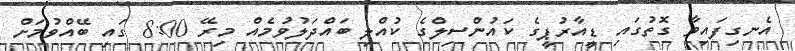
އެނގިފައިވާ ގޮތުގައި ޑީއާރުޕީގެ ކައުންސިލްގެ ކުއްލި ބައްދަލުވުމެއް މިރޭ 8:00 ގައި ބޭއްވުމަށް